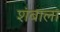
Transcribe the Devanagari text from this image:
शंबाला